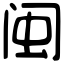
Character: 闽